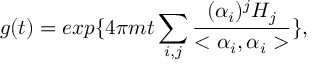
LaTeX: g ( t ) = e x p \{ 4 \pi m t \sum _ { i , j } \frac { ( \alpha _ { i } ) ^ { j } H _ { j } } { < \alpha _ { i } , \alpha _ { i } > } \} ,